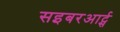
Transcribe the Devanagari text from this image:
सइबरआर्ट्स